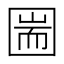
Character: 圌